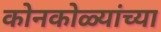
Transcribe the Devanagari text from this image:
कोनकोळ्यांच्या